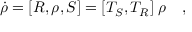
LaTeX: \dot { \rho } = [ R , \rho , S ] = [ T _ { S } , T _ { R } ] \; \rho ~ ~ ~ ,